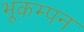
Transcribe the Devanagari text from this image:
भूकम्पन